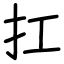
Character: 扛